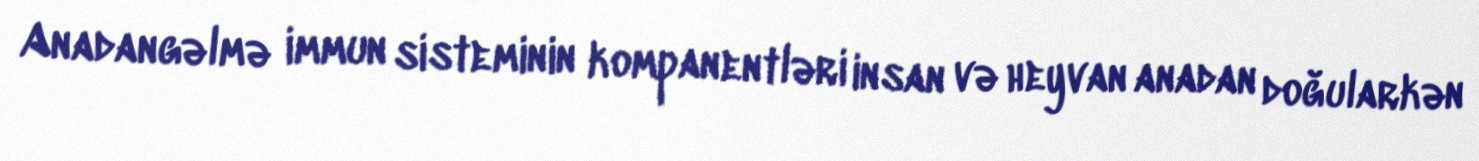
Anadangəlmə immun sisteminin kompanentləri insan və heyvan anadan doğularkən